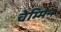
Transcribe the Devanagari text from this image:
चेम्मिन